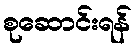
စုဆောင်းရန်